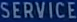
SERVICE